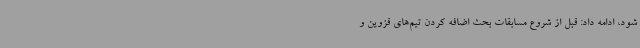
شود، ادامه داد: قبل از شروع مسابقات بحث اضافه کردن تیم‌های قزوین و